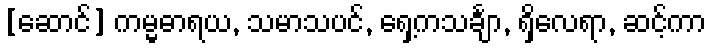
[ဆောင်] ကမ္မဓာရယ, သမာသပင်, ရှေ့ကသင်္ချာ, ရှိလေရာ, ဆင့်ကာ